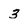
Character: 3